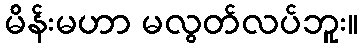
မိန်းမဟာ မလွတ်လပ်ဘူး။